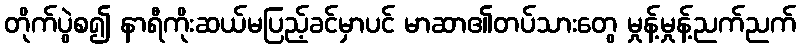
တိုက်ပွဲစ၍ နာရီကိုးဆယ်မပြည့်ခင်မှာပင် မာဆာ၏တပ်သားတွေ မှုန့်မှုန့်ညက်ညက်